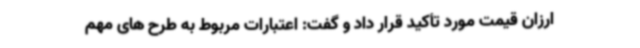
ارزان قیمت مورد تأکید قرار داد و گفت: اعتبارات مربوط به طرح های مهم